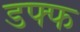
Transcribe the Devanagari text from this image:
डफ्फ